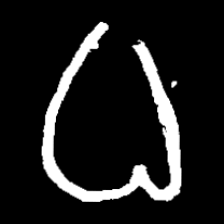
Pyu character \u2014 Myanmar letter: ဓ (romanized: dha)